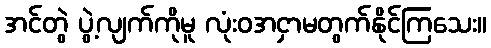
အင်တွဲ ပွဲ့လျက်ကိုမူ လုံးဝအငှာမတွက်နိုင်ကြသေး။